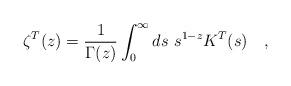
LaTeX: \begin{align*}\zeta^T(z)={1 \over \Gamma(z)} \int_{0}^{\infty}ds~ s^{1-z}K^T(s)~~~,\end{align*}